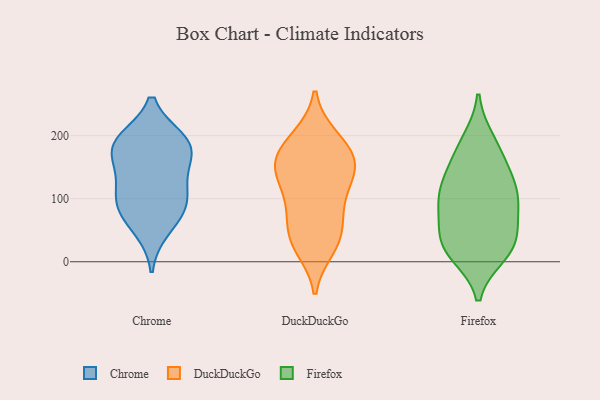
{"axis": {"x": "Page Views", "y": "Value"}, "legend": ["Chrome", "DuckDuckGo", "Firefox"], "data": [{"x": "", "y": 117, "type": "Chrome"}, {"x": "", "y": 177, "type": "Chrome"}, {"x": "", "y": 193, "type": "Chrome"}, {"x": "", "y": 81, "type": "Chrome"}, {"x": "", "y": 95, "type": "Chrome"}, {"x": "", "y": 192, "type": "Chrome"}, {"x": "", "y": 51, "type": "Chrome"}, {"x": "", "y": 136, "type": "Chrome"}, {"x": "", "y": 164, "type": "Chrome"}, {"x": "", "y": 189, "type": "Chrome"}, {"x": "", "y": 87, "type": "Chrome"}, {"x": "", "y": 49, "type": "DuckDuckGo"}, {"x": "", "y": 97, "type": "DuckDuckGo"}, {"x": "", "y": 160, "type": "DuckDuckGo"}, {"x": "", "y": 197, "type": "DuckDuckGo"}, {"x": "", "y": 180, "type": "DuckDuckGo"}, {"x": "", "y": 35, "type": "DuckDuckGo"}, {"x": "", "y": 158, "type": "DuckDuckGo"}, {"x": "", "y": 143, "type": "DuckDuckGo"}, {"x": "", "y": 92, "type": "DuckDuckGo"}, {"x": "", "y": 22, "type": "DuckDuckGo"}, {"x": "", "y": 30, "type": "DuckDuckGo"}, {"x": "", "y": 194, "type": "DuckDuckGo"}, {"x": "", "y": 154, "type": "DuckDuckGo"}, {"x": "", "y": 129, "type": "DuckDuckGo"}, {"x": "", "y": 73, "type": "DuckDuckGo"}, {"x": "", "y": 143, "type": "DuckDuckGo"}, {"x": "", "y": 108, "type": "Firefox"}, {"x": "", "y": 181, "type": "Firefox"}, {"x": "", "y": 12, "type": "Firefox"}, {"x": "", "y": 42, "type": "Firefox"}, {"x": "", "y": 146, "type": "Firefox"}, {"x": "", "y": 21, "type": "Firefox"}, {"x": "", "y": 110, "type": "Firefox"}, {"x": "", "y": 106, "type": "Firefox"}, {"x": "", "y": 81, "type": "Firefox"}, {"x": "", "y": 147, "type": "Firefox"}, {"x": "", "y": 56, "type": "Firefox"}, {"x": "", "y": 26, "type": "Firefox"}, {"x": "", "y": 20, "type": "Firefox"}, {"x": "", "y": 96, "type": "Firefox"}, {"x": "", "y": 192, "type": "Firefox"}]}